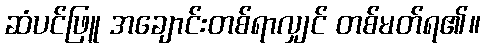
ဆံပင်ဖြူ အချောင်းတစ်ရာလျှင် တစ်မတ်ရ၏။